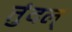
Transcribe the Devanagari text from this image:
तुंदल्